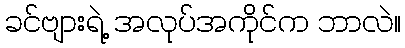
ခင်ဗျားရဲ့ အလုပ်အကိုင်က ဘာလဲ။